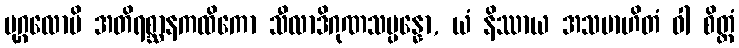
ပုဂ္ဂလောပိ အတိရစ္ဆာနကထိကော သီလာဒိဂုဏသမ္ပန္နော, ယံ နိဿာယ အသမာဟိတံ ဝါ စိတ္တံ